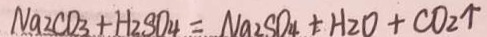
N a _ { 2 } C O _ { 3 } + H _ { 2 } S O _ { 4 } = N a _ { 2 } S O _ { 4 } + H _ { 2 } O + C O _ { 2 } \uparrow